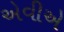
એવીએ